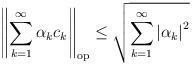
LaTeX: \begin{align*}\left\Vert \sum_{k=1}^{\infty}\alpha_{k}c_{k}\right\Vert _{\mathrm{op}}\leq\sqrt{\sum_{k=1}^{\infty}\left|\alpha_{k}\right|^{2}}\end{align*}